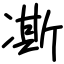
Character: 凘